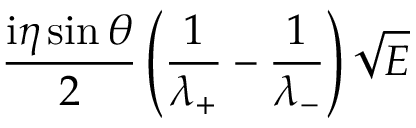
\frac { \mathrm { i } \eta \sin \theta } { 2 } \left( \frac { 1 } { \lambda _ { + } } - \frac { 1 } { \lambda _ { - } } \right) \sqrt { E }